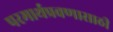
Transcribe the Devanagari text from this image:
परमार्थप्रवणासाठी